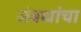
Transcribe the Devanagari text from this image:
संबधांचा